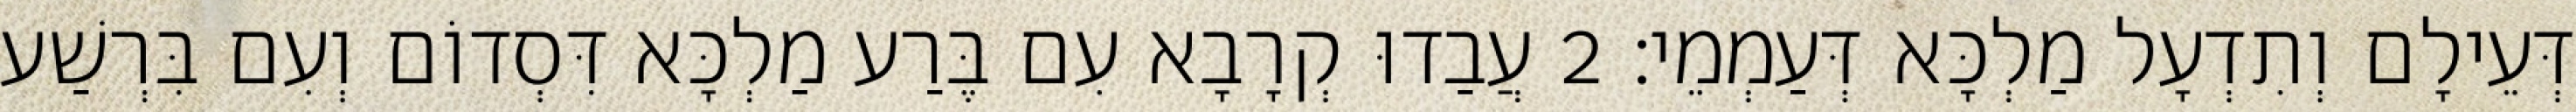
דְּעֵילָם וְתִדְעָל מַלְכָּא דְּעַמְמֵי׃ 2 עֲבַדוּ קְרָבָא עִם בֶּרַע מַלְכָּא דִּסְדוֹם וְעִם בִּרְשַׁע